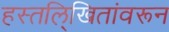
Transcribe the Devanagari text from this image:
हस्तलि्खितांवरून